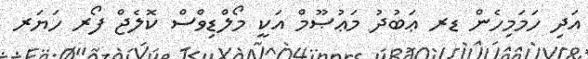
އަދި ހަމަމިހެން ޑރ ޢަބުދު މަޢުޞޫމް އަކީ މޯލްޑިވްސް ކޮލެޖް ފޯރ ހަޔަރ